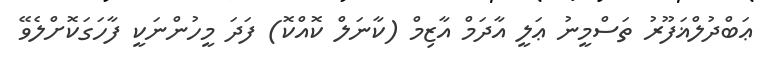
ޢަބްދުލްޣަފޫރު ތަސްމީނު ޢަލީ އާދަމް އާޒިމް (ކާނަލް ކޮއްކޮ) ފަދަ މީހުންނަކީ ފާހަގަކޮށްލެވޭ